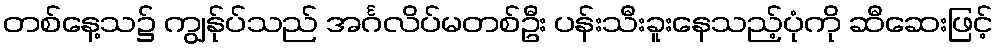
တစ်နေ့သ၌ ကျွန်ုပ်သည် အင်္ဂလိပ်မတစ်ဦး ပန်းသီးခူးနေသည့်ပုံကို ဆီဆေးဖြင့်